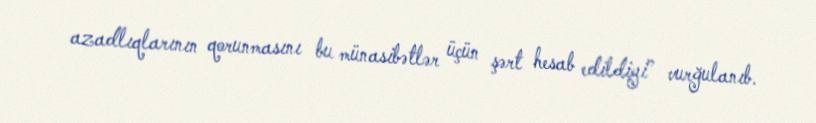
azadlıqlarının qorunmasını bu münasibətlər üçün şərt hesab edildiyi” vurğulanıb.